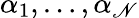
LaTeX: \alpha_{1},\ldots,\alpha_{\mathscr{N}}